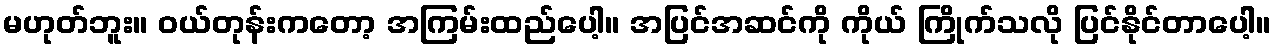
မဟုတ်ဘူး။ ဝယ်တုန်းကတော့ အကြမ်းထည်ပေါ့။ အပြင်အဆင်ကို ကိုယ် ကြိုက်သလို ပြင်နိုင်တာပေါ့။